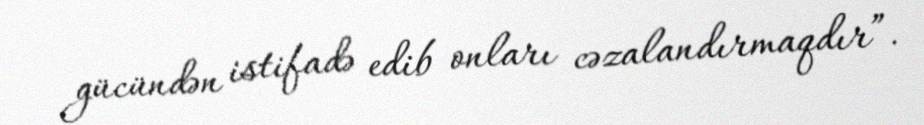
gücündən istifadə edib onları cəzalandırmaqdır”.